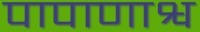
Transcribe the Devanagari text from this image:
पापाणाश्व